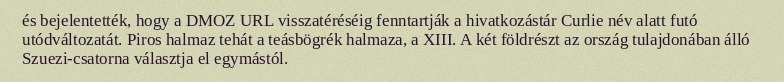
és bejelentették, hogy a DMOZ URL visszatéréséig fenntartják a hivatkozástár Curlie név alatt futó utódváltozatát. Piros halmaz tehát a teásbögrék halmaza, a XIII. A két földrészt az ország tulajdonában álló Szuezi-csatorna választja el egymástól.